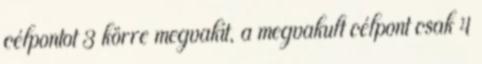
célpontot 3 körre megvakít, a megvakult célpont csak 4